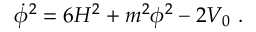
\dot { \phi } ^ { 2 } = 6 H ^ { 2 } + m ^ { 2 } \phi ^ { 2 } - 2 V _ { 0 } \ .